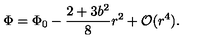
\Phi = \Phi _ { 0 } - \frac { 2 + 3 b ^ { 2 } } { 8 } r ^ { 2 } + { \cal O } ( r ^ { 4 } ) .